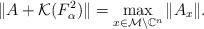
LaTeX: \begin{align*}\| A + \mathcal{K}(F_\alpha^2)\| = \max_{x \in \mathcal{M} \setminus \mathbb{C}^n} \| A_x\|.\end{align*}